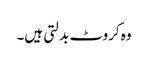
وہ کروٹ بدلتی ہیں۔